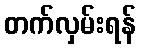
တက်လှမ်းရန်